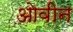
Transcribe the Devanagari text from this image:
ओवीन